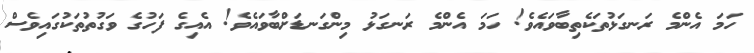
ހަމަ އެންމެ ރަނގަޅުތަކެތިބާވައެވެ! ހަމަ އެންމެ ރަނގަޅު މިންގަނޑަށްބާވައެވެ! އެއިގެ ފަހުގެ ވަގުތުތަކުގައިވެސް